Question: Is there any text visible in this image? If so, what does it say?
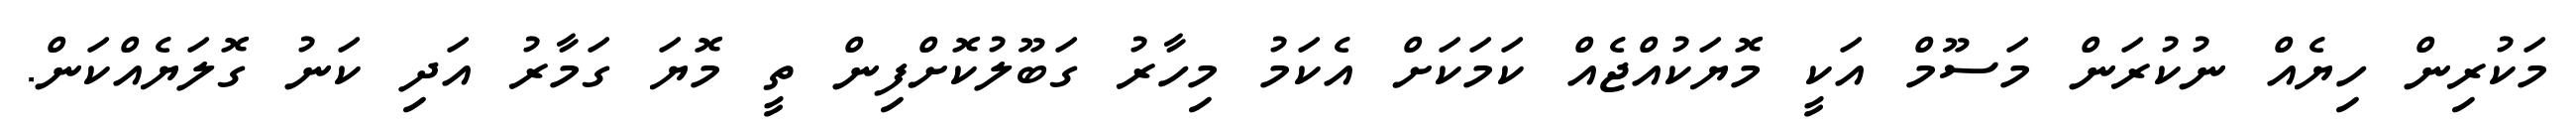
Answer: މަކުރިން ހިޔެއް ނުކުރަން މަސޫމް އަކީ މޮޔަކުއްޖެއް ކަމަކަށް އެކަމު މިހާރު ގަބޫލުކޮށްފިން ތީ މޮޔަ ގަމާރު އަދި ކަނު ގޮލަޔެއްކަން.